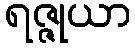
ရဇ္ဇုယာ